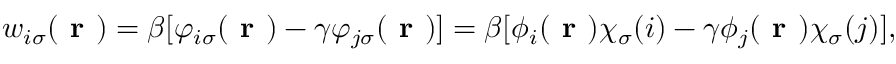
\begin{array} { r } { w _ { i \sigma } ( \textbf { r } ) = \beta [ \varphi _ { i \sigma } ( \textbf { r } ) - \gamma \varphi _ { j \sigma } ( \textbf { r } ) ] = \beta [ \phi _ { i } ( \textbf { r } ) \chi _ { \sigma } ( i ) - \gamma \phi _ { j } ( \textbf { r } ) \chi _ { \sigma } ( j ) ] , } \end{array}